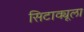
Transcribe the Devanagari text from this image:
सिटाक्यूला